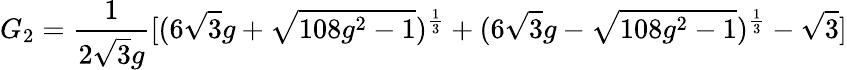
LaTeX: G_{2}=\frac{1}{2\sqrt{3}g}[(6\sqrt{3}g+\sqrt{108g^{2}-1})^{\frac{1}{3}}+(6\sqrt{3}g-\sqrt{108g^{2}-1})^{\frac{1}{3}}-\sqrt{3}]